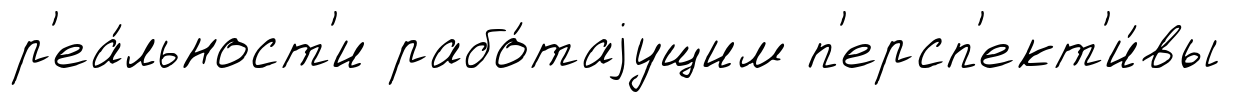
р'еа́льност'и рабо́таjущим п'ерсп'ект'и́вы